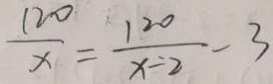
\frac { 1 2 0 } { x } = \frac { 1 2 0 } { x - 2 } - 3